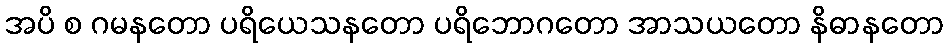
အပိ စ ဂမနတော ပရိယေသနတော ပရိဘောဂတော အာသယတော နိဓာနတော